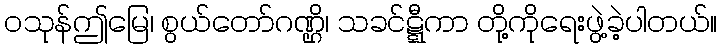
ဝသုန်ဤမြေ၊ စွယ်တော်ဂဏ္ဌိ၊ သခင်ဋ္ဋီကာ တို့ကိုရေးဖွဲ့ခဲ့ပါတယ်။